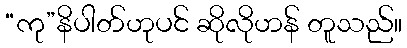
“ကု”နိပါတ်ဟုပင် ဆိုလိုဟန် တူသည်။